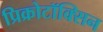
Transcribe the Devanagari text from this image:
प्रिक्रोटॉक्सिन